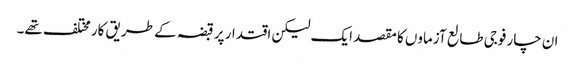
ان چار فوجی طالع آزماوں کا مقصد ایک لیکن اقتدار پر قبضہ کے طریق کار مختلف تھے۔